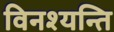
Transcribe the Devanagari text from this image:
विनश्यन्ति